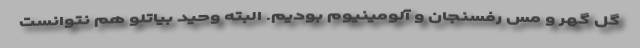
گل گهر و مس رفسنجان و آلومینیوم بودیم. البته وحید بیاتلو هم نتوانست